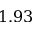
1 . 9 3